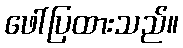
ဖေါ်ပြထားသည်။